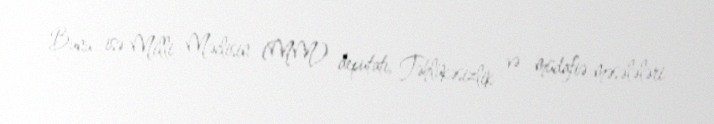
Bunu isə Milli Məclisin (MM) deputatı, Təhlükəsizlik və müdafiə məsələləri